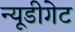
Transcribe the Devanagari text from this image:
न्यूडीगेट